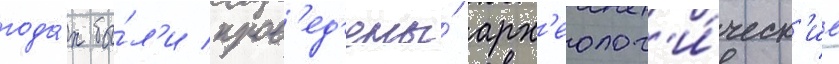
года́х бы́л'и пров'ед'ены́ арх'еолог'и́ческ'ие